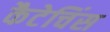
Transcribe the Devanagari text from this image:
कैटेचिंस